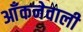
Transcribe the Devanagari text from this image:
आँकनेवाली